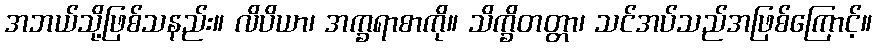
အဘယ်သို့ဖြစ်သနည်း။ လိပိယာ၊ အက္ခရာစာကို။ သိက္ခိတတ္တာ၊ သင်အပ်သည်အဖြစ်ကြောင့်။